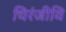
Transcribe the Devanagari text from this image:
चिरंजीवि